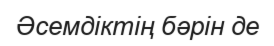
Әсемдіктің бәрін де